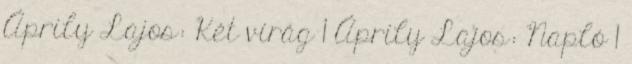
Áprily Lajos: Két virág 1 Áprily Lajos: Napló 1